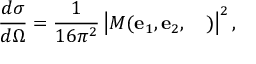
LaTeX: \frac { d \sigma } { d \Omega } = \frac { 1 } { 1 6 \pi ^ { 2 } } \left| M ( { \bf e } _ { 1 } , { \bf e } _ { 2 } , \mathrm { \boldmath ~ \Delta ~ } ) \right| ^ { 2 } ,